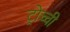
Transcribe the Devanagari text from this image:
ट्रोच्ची